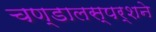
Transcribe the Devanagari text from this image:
चण्डालस्पर्शने